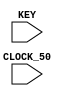
`define VGA_WIDTH 160
`define VGA_HEIGHT 120
`define IMG_WIDTH 4
`define IMG_HEIGHT 4

// PONG

module testpong
	(
		CLOCK_50,			//	On Board 50 MHz
		// Your inputs and outputs here
        KEY

	);

	input			CLOCK_50;				//	50 MHz
	input   [3:0]   KEY;

	wire resetn;
	assign resetn = KEY[0];

    // Create the colour x, y and writeEn wires that are inputs to the controller.
    wire colour;
    wire [7:0] x;
    wire [6:0] y;
    wire w_plot_b;
    wire w_plot_p1;
    wire w_plot_p2;
    wire w_plot_p3;
    wire w_plot_p4;
    wire w_plotout;

    // More wires.
    wire en_wire;
    wire [3:0] w_count;
    wire w_move;
    wire w_slow_clock;
    wire [7:0] w_xreg_b;
    wire [6:0] w_yreg_b;
    wire [7:0] w_reg_p1;
    wire [7:0] w_reg_p2;
    wire [7:0] w_reg_p3;
    wire [7:0] w_reg_p4;
	wire [3:0] w_state;
	wire w_go = !KEY[1];

    // datapath
    datapath d0(
        .clk(CLOCK_50),
        .resetn(resetn),
        .xreg_b(w_xreg_b),
        .yreg_b(w_yreg_b),
        .plot_b(w_plot_b),
        .plot_p1(w_plot_p1),
        .plot_p2(w_plot_p2),
        .plot_p3(w_plot_p3),
        .plot_p4(w_plot_p4),
        .reg_p1(w_reg_p1),
        .reg_p2(w_reg_p2),
        .reg_p3(w_reg_p3),
        .reg_p4(w_reg_p4),

        .EN(w_slow_clock),
        .x(x),
        .y(y),
        .count(w_count),
        .plotout(w_plotout)
    );

    // ball
    ball b0(
        .clk(CLOCK_50),
        .resetn(resetn),
        .x_in(8'b0),
        .y_in(7'b0),
        .ld_en(en_wire),
        .move(w_move),
        .EN(w_slow_clock),

        .xreg_b(w_xreg_b),
        .yreg_b(w_yreg_b)
    );

    // paddle 1 (left)
    paddle p1(
        .clk(CLOCK_50),
        .resetn(resetn),
        .ld_en(en_wire),
        .move(w_move),
        .EN(w_slow_clock),
        .right_p(KEY[2]),
        .left_p(KEY[3]),
        .height_width(8'd120),

        .reg_p(w_reg_p1)
        );

    // paddle 2 (top)
    paddle p2(
        .clk(CLOCK_50),
        .resetn(resetn),
        .ld_en(en_wire),
        .move(w_move),
        .EN(w_slow_clock),
        .right_p(KEY[2]),
        .left_p(KEY[3]),
        .height_width(8'd160),

        .reg_p(w_reg_p2)
    );

    // paddle 3 (right)
    paddle p3(
        .clk(CLOCK_50),
        .resetn(resetn),
        .ld_en(en_wire),
        .move(w_move),
        .EN(w_slow_clock),
        .right_p(KEY[2]),
        .left_p(KEY[3]),
        .height_width(8'd120),

        .reg_p(w_reg_p3)
    );

    // paddle 4 (bottom)
    paddle p4(
        .clk(CLOCK_50),
        .resetn(resetn),
        .ld_en(en_wire),
        .move(w_move),
        .EN(w_slow_clock),
        .right_p(KEY[2]),
        .left_p(KEY[3]),
        .height_width(8'd160),

        .reg_p(w_reg_p4)
    );

    // control
    control c0(
        .clk(CLOCK_50),
        .resetn(resetn),
        .go(w_go),
        .count(w_count),
        .EN(w_slow_clock),

        .ld_en(en_wire),
        .plot_b(w_plot_b),
        .plot_p1(w_plot_p1),
        .plot_p2(w_plot_p2),
        .plot_p3(w_plot_p3),
        .plot_p4(w_plot_p4),
        .colour_out(colour),
        .move(w_move),
		.current_state(w_state)
    );

endmodule

    // Put your code here. Your code should produce signals x,y,colour and writeEn/plot
    // for the VGA controller, in addition to any other functionality your design may require.

    // Instansiate datapath
    // datapath d0(...);

module datapath(
    input clk,
    input resetn,
    input [7:0] xreg_b,
    input [6:0] yreg_b,
    input plot_b,
    input plot_p1,
    input plot_p2,
    input plot_p3,
    input plot_p4,
    input [7:0] reg_p1,
    input [7:0] reg_p2,
    input [7:0] reg_p3,
    input [7:0] reg_p4,

    output reg [3:0] count,

    output reg EN = 1'b0,

    // Register for x coordinate.
    output reg [7:0] x = 8'b0,

    // Registers for y coordinate.
    output reg [6:0] y = 7'b0,

    output reg plotout
    );

reg [19:0] cnt = 20'b0;

    // Slowed down clock speed.
    reg [19:0] clock_speed = 20'd10;

    always @ (posedge clk) begin
        cnt = cnt + 1;
        //Clock cycles for 50 Hz.
        if (cnt == clock_speed) begin
            cnt = 1'b0;
            EN = ~EN;
            if (clock_speed > 20'd5)
                clock_speed = clock_speed - 1'd1;
        end
    end

    // Adder to add count to the coordinates.
    always @ (posedge clk) begin
        if (!resetn)
        begin
            x <= 8'b0;
            y <= 7'b0;
        end
        else if (plot_b) begin
            x <= xreg_b + count[1:0];
            y <= yreg_b + count[3:2];
            plotout = 1'b1;
        end
        else if (plot_p1) begin
            x <= count[0];
            y <= reg_p1 + count[3:1];
            plotout = 1'b1;
        end
        else if (plot_p2) begin
            x <= reg_p2 + count[2:0];
            y <= count[3];
            plotout = 1'b1;
        end
        else if (plot_p3) begin
            x <= 8'd159 + count[0];
            y <= reg_p3 + count[3:1];
            plotout = 1'b1;
        end
        else if (plot_p4) begin
            x <= reg_p4 + count[2:0];
            y <= 8'd119 + count[3];
            plotout = 1'b1;
        end
        else
            plotout = 1'b0;
    end

    // Counter to draw 4 x 4 box.
    always @ (posedge clk) begin
        if (!resetn)
            count <= 4'b0;
        else if (count == 4'b1111)
            if (!EN)
                count <= 4'b1111;
            else
                count <= 4'b0;
        else if (plot_b || plot_p1 || plot_p2 || plot_p3 || plot_p4) // S_PLOT_BALL state.
            count <= count + 4'b1;
    end

endmodule

module ball (
    input clk,
    input resetn,
    input [7:0] x_in,
    input [6:0] y_in,
    input ld_en, // Enable output from the FSM that signal the coordinates to move.
    input move,
    input EN, // 50Hz clock.

    // Registers for x and y coordinates of the ball.
    output reg [7:0] xreg_b,
    output reg [6:0] yreg_b
    );

    // Coordinates of the ball during animation.
    reg[7:0] x_anm_b = 8'b0;
    reg[6:0] y_anm_b = 7'b0;

    //Indicates direction of animation.
    reg x_fwd_b = 1, y_fwd_b = 1;

    // Registers xreg_b and yreg_b for the ball.
    always @ (posedge clk) begin
        if (!resetn)
        begin
            xreg_b <= 8'b0;
            yreg_b <= 7'b0;
        end
        else begin
            if (ld_en) begin // S_LOAD state.
                xreg_b <= x_anm_b;
                yreg_b <= y_anm_b;
            end
            else begin
                xreg_b <= xreg_b;
                yreg_b <= yreg_b;
            end
        end
    end

    //Clock for this module should be 500Hz (EN)
    always @ (posedge EN) begin
        if (!resetn) begin
            x_anm_b = 8'b0;
            y_anm_b = 7'b0;
            x_fwd_b = 1'b1;
            y_fwd_b = 1'b1;
        end

        else if (move) begin
            if (x_fwd_b) // S_MOVE state.
                x_anm_b = x_anm_b + 8'b1;
            else
                x_anm_b = x_anm_b - 8'b1;
            if (y_fwd_b) // S_MOVE state.
                y_anm_b = y_anm_b + 7'b1;
            else
                y_anm_b = y_anm_b - 7'b1;
            // Bounce off the right side of the screen.
            if (x_anm_b == (`VGA_WIDTH - `IMG_WIDTH))
                x_fwd_b = 1'b0;
            // Bounce off the left side of the screen.
            else if (x_anm_b == 8'b0)
                x_fwd_b = 1'b1;
            // Bounce off the top of the screen.
            if (y_anm_b == (`VGA_HEIGHT - `IMG_HEIGHT))
                y_fwd_b = 1'b0;
            // Bounce off the bottom of the screen.
            else if (y_anm_b == 7'b0)
                y_fwd_b = 1'b1;
        end
    end //end always

endmodule

module paddle (
    input clk,
    input resetn,
    input ld_en, // Enable output from the FSM that signal the coordinates to move.
    input move,
    input EN, // 50Hz clock.
    input right_p, //Indicates direction of animation.
    input left_p,
    input [7:0] height_width,

    // Registers for coordinates of the paddle.
    output reg [7:0] reg_p
    );

    // Coordinates of the ball during animation.
    reg [7:0] anm_p = 8'b0;

    // Registers xreg_p and yreg_p for the ball.
    always @ (posedge clk) begin
        if (!resetn)
        begin
            reg_p <= 8'b0;
        end
        else begin
            if (ld_en) // S_LOAD state.
                reg_p <= anm_p;
            else
                reg_p <= reg_p;
        end
    end

    //Clock for this module should be 500Hz (EN)
    always @ (posedge EN) begin
        if (!resetn) begin
            anm_p <= 8'b0;
        end

        else if (move) begin
            if (right_p) begin // S_MOVE state.
                if (anm_p == (height_width - 4'd8))
                    anm_p <= anm_p;
                else
                    anm_p <= anm_p + 8'b1;
            end
            else if (left_p) begin
                if (anm_p == 8'b0)
                    anm_p <= anm_p;
                else
                    anm_p <= anm_p - 8'b1;
            end
			else if (left_p && right_p)
				anm_p <= anm_p;
        end
    end //end always
endmodule

    // Instansiate FSM control
    // control c0(...);

module control (
    input clk,
    input resetn,
    input go,
    input [3:0] count,
    input EN,

    output reg ld_en,
    output reg plot_b,
    output reg plot_p1,
    output reg plot_p2,
    output reg plot_p3,
    output reg plot_p4,
    output reg colour_out,
    output reg move,
	output reg [3:0] current_state
    );

    reg [3:0] next_state;

    localparam      S_LOAD_WAIT        = 4'd0,
                    S_LOAD            = 4'd1,
                    S_PLOT_BALL        = 4'd2,
                    S_PLOT_P1        = 4'd3,
                    S_PLOT_P2        = 4'd4,
                    S_PLOT_P3        = 4'd5,
                    S_PLOT_P4        = 4'd6,
                    S_ERASE_BALL    = 4'd7,
                    S_ERASE_P1        = 4'd8,
                    S_ERASE_P2        = 4'd9,
                    S_ERASE_P3        = 4'd10,
                    S_ERASE_P4        = 4'd11,
                    S_MOVE            = 4'd12;

    // State table (next state logic).
    always @ (*)
    begin: state_table
        case (current_state)
            S_LOAD_WAIT: next_state = go ? S_LOAD : S_LOAD_WAIT; // Loop in current state until coordinates
            S_LOAD: next_state = S_PLOT_BALL;                                                                            // are loaded
            S_PLOT_BALL: begin
                if (count == 4'b1111)
                    next_state = S_PLOT_P1;    // Start over after plotting.
                else
                    next_state = S_PLOT_BALL;
            end
            S_PLOT_P1: begin
                if (count == 4'b1111)
                    next_state = S_PLOT_P2;    // Start over after plotting.
                else
                    next_state = S_PLOT_P1;
            end
            S_PLOT_P2: begin
                if (count == 4'b1111)
                    next_state = S_PLOT_P3;    // Start over after plotting.
                else
                    next_state = S_PLOT_P2;
            end
            S_PLOT_P3: begin
                if (count == 4'b1111)
                    next_state = S_PLOT_P4;    // Start over after plotting.
                else
                    next_state = S_PLOT_P3;
            end
            S_PLOT_P4: begin
                if (count == 4'b1111)
                    next_state = S_ERASE_BALL;    // Start over after plotting.
                else
                    next_state = S_PLOT_P4;
            end
            S_ERASE_BALL:  begin
                if (count == 4'b1111)
                    next_state = S_MOVE;    // Start over after plotting.
                else
                    next_state = S_ERASE_BALL;
            end
            S_ERASE_P1:  begin
                if (count == 4'b1111)
                    next_state = S_ERASE_P2;    // Start over after plotting.
                else
                    next_state = S_ERASE_P1;
            end
            S_ERASE_P2:  begin
                if (count == 4'b1111)
                    next_state = S_ERASE_P3;    // Start over after plotting.
                else
                    next_state = S_ERASE_P2;
            end
            S_ERASE_P3:  begin
                if (count == 4'b1111)
                    next_state = S_ERASE_P4;    // Start over after plotting.
                else
                    next_state = S_ERASE_P3;
            end
            S_ERASE_P4:  begin
                if (count == 4'b1111)
                    next_state = S_MOVE;    // Start over after plotting.
                else
                    next_state = S_ERASE_P4;
            end
            S_MOVE: next_state = S_LOAD;
            default: next_state = S_LOAD_WAIT;
        endcase
    end // state_table

    // Output logic (datapath control signals).
    always @ (*)
    begin: enable_signals
        // By default make the load and plot signals 0.
        ld_en = 1'b0;
        plot_b = 1'b0;
        plot_p1 = 1'b0;
        plot_p2 = 1'b0;
        plot_p3 = 1'b0;
        plot_p4 = 1'b0;
        move = 1'b0;
        colour_out = 3'b111;

        case (current_state)
            S_LOAD: begin
                ld_en = 1'b1;
            end
            S_PLOT_BALL:  plot_b = 1'b1;
            S_PLOT_P1:    plot_p1 = 1'b1;
            S_PLOT_P2:    plot_p2 = 1'b1;
            S_PLOT_P3:    plot_p3 = 1'b1;
            S_PLOT_P4:    plot_p4 = 1'b1;
            S_ERASE_BALL: begin
                colour_out = 3'b000;
                plot_b = 1'b1;
            end
            S_ERASE_P1: begin
                colour_out = 3'b000;
                plot_p1 = 1'b1;
            end
            S_ERASE_P2: begin
                colour_out = 3'b000;
                plot_p2 = 1'b1;
            end
            S_ERASE_P3: begin
                colour_out = 3'b000;
                plot_p3 = 1'b1;
            end
            S_ERASE_P4: begin
                colour_out = 3'b000;
                plot_p4 = 1'b1;
            end
            S_MOVE: begin
                move = 1'b1;
            end
            // default: dont't need default case since we made sure all of the outputs were assigned a value at the
            // start of the always block.
        endcase
    end // enable_signals

    // current_state registers
    always @ (posedge EN)
    begin: state_FFs
        if (!resetn)
            current_state <= S_LOAD_WAIT;
        else
            current_state <= next_state;
    end // state_FFs

endmodule